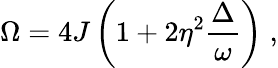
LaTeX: \Omega=4J\left(1+2\eta^{2}\frac{\Delta}{\omega}\right)\; ,